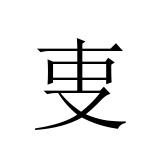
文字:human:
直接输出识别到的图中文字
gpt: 叓